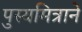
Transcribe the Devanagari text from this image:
पुस्यमित्राने